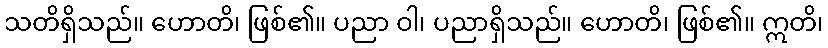
သတိရှိသည်။ ဟောတိ၊ ဖြစ်၏။ ပညာ ဝါ၊ ပညာရှိသည်။ ဟောတိ၊ ဖြစ်၏။ ဣတိ၊